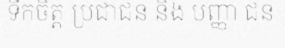
ទឹកចិត្ត ប្រជាជន និង បញ្ញា ជន